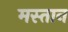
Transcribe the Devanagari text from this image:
मस्‍तान